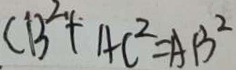
C B ^ { 2 } + A C ^ { 2 } = A B ^ { 2 }